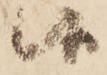
候